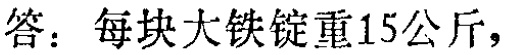
答：每块大铁锭重15公斤，